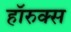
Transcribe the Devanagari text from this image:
हॉरुक्स